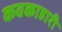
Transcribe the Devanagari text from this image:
कवकाहारी